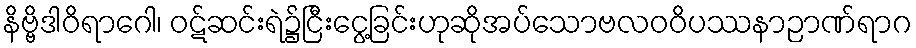
နိဗ္ဗိဒါဝိရာဂေါ၊ ဝဋ်ဆင်းရဲ၌ငြီးငွေ့ခြင်းဟုဆိုအပ်သောဗလဝဝိပဿနာဉာဏ်ရာဂ